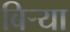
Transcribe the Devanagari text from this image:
बिर्‍या